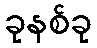
ခုနစ်ခု